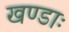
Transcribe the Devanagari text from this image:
खण्डाः